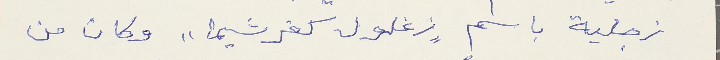
زجلية باسم "زغلول كفرشيما" وكان من